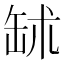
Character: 𦈭